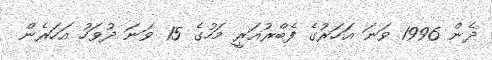
ދެން 1996 ވަނަ އަހަރުގެ ފެބްރުއަރީ މަހުގެ 15 ވަނަ ދުވަހު އަހަރެން